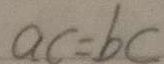
a c = b c